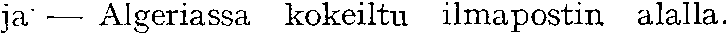
ja — Algeriassa kokeiltu ilmapostin alalla.